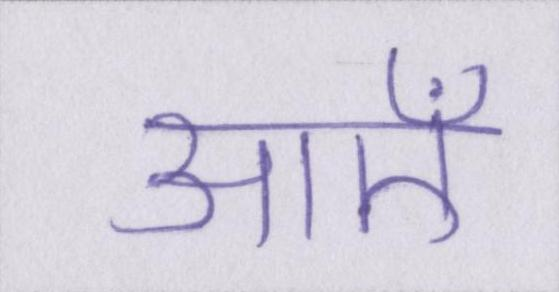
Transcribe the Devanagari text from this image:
आएँ